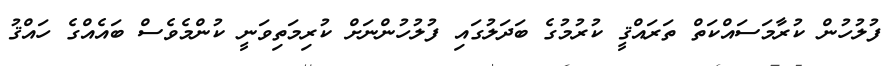
ފުލުހުން ކުރާމަސައްކަތް ތަރައްޤީ ކުރުމުގެ ބަދަލުގައި ފުލުހުންނަށް ކުރިމަތިވަނީ ކުންމެވެސް ބައެއްގެ ހައްޤު